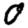
Digit: 0